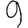
Digit: 9